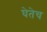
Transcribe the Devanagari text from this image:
घेतेच